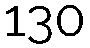
130